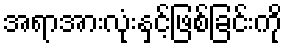
အရာအားလုံးနှင့်ဖြစ်ခြင်းကို